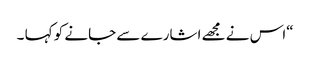
“اس نے مجھے اشارے سے جانے کو کہا ۔